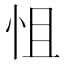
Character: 怚